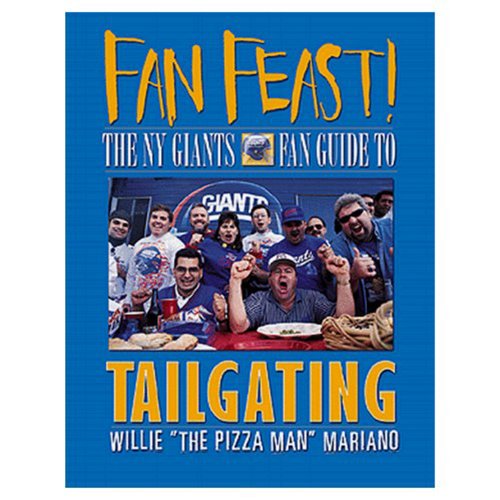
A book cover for Fan Feast!: The Giants Fan Guide to Tailgating; Willie Mariano; Cookbooks, Food & Wine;